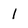
Character: I